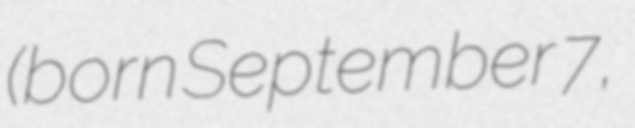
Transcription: (born September 7,